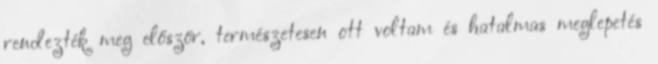
rendezték meg először, természetesen ott voltam és hatalmas meglepetés